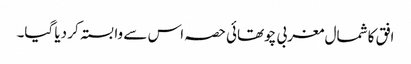
افق کا شمال مغربی چوتھائی حصہ اس سے وابستہ کر دیا گیا۔